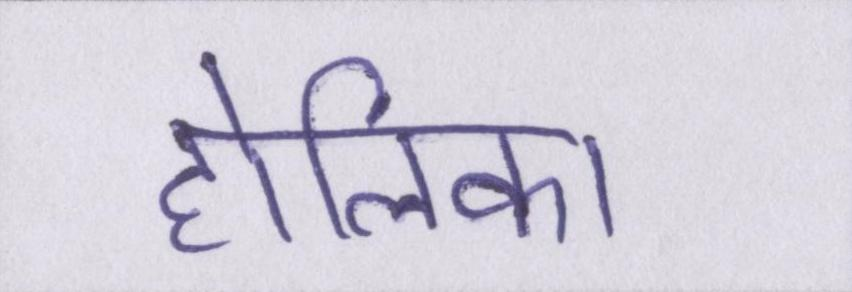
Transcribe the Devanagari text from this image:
होलिका